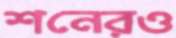
শনেরও